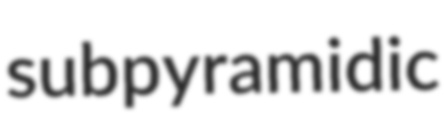
subpyramidic